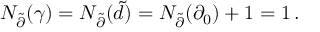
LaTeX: N _ { \tilde { \partial } } ( \gamma ) = N _ { \tilde { \partial } } ( \tilde { d } ) = N _ { \tilde { \partial } } ( \partial _ { 0 } ) + 1 = 1 \, .